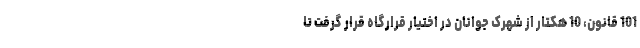
101 قانون، 10 هکتار از شهرک جوانان در اختیار قرارگاه قرار گرفت تا